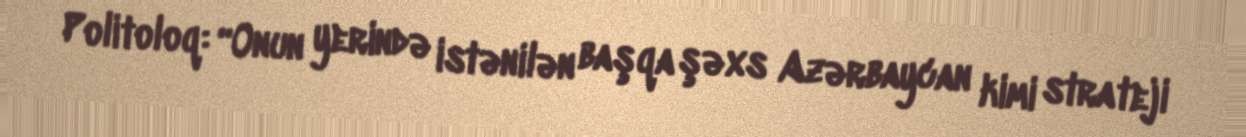
Politoloq: “Onun yerində istənilən başqa şəxs Azərbaycan kimi strateji